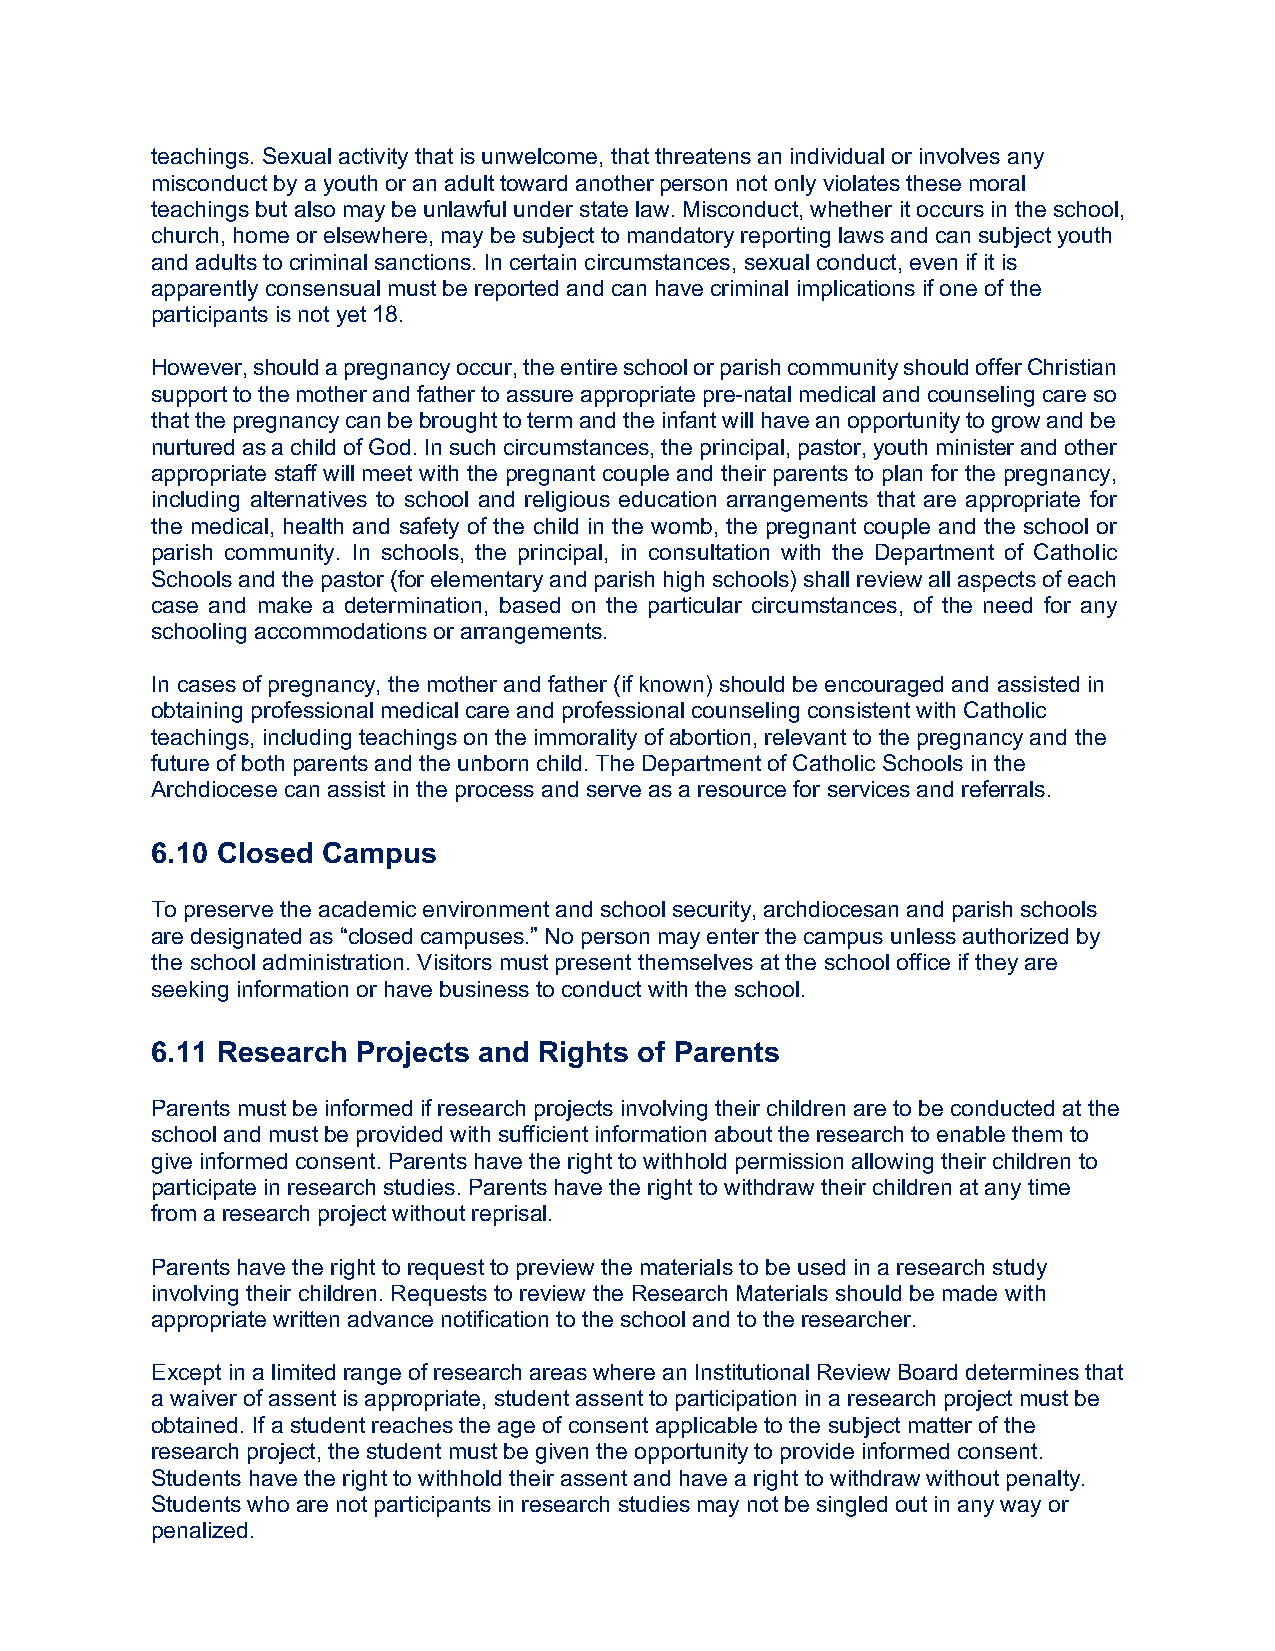
teachings. Sexual activity that is unwelcome, that threatens an individual or involves any
 misconduct by a youth or an adult toward another person not only violates these moral
 teachings but also may be unlawful under state law. Misconduct, whether it occurs in the school,
 church, home or elsewhere, may be subject to mandatory reporting laws and can subject youth
 and adults to criminal sanctions. In certain circumstances, sexual conduct, even if it is
 apparently consensual must be reported and can have criminal implications if one of the
 participants is not yet 18.
 However, should a pregnancy occur, the entire school or parish community should offer Christian
 support to the mother and father to assure appropriate pre-natal medical and counseling care so
 that the pregnancy can be brought to term and the infant will have an opportunity to grow and be
 nurtured as a child of God. In such circumstances, the principal, pastor, youth minister and other
 appropriate staff will meet with the pregnant couple and their parents to plan for the pregnancy,
 including alternatives to school and religious education arrangements that are appropriate for
 the medical, health and safety of the child in the womb, the pregnant couple and the school or
 parish community. In schools, the principal, in consultation with the Department of Catholic
 Schools and the pastor (for elementary and parish high schools) shall review all aspects of each
 case and make a determination, based on the particular circumstances, of the need for any
 schooling accommodations or arrangements.
 In cases of pregnancy, the mother and father (if known) should be encouraged and assisted in
 obtaining professional medical care and professional counseling consistent with Catholic
 teachings, including teachings on the immorality of abortion, relevant to the pregnancy and the
 future of both parents and the unborn child. The Department of Catholic Schools in the
 Archdiocese can assist in the process and serve as a resource for services and referrals.
 6.10 Closed Campus
 To preserve the academic environment and school security, archdiocesan and parish schools
 are designated as “closed campuses.” No person may enter the campus unless authorized by
 the school administration. Visitors must present themselves at the school office if they are
 seeking information or have business to conduct with the school.
 6.11 Research Projects and Rights of Parents
 Parents must be informed if research projects involving their children are to be conducted at the
 school and must be provided with sufficient information about the research to enable them to
 give informed consent. Parents have the right to withhold permission allowing their children to
 participate in research studies. Parents have the right to withdraw their children at any time
 from a research project without reprisal.
 Parents have the right to request to preview the materials to be used in a research study
 involving their children. Requests to review the Research Materials should be made with
 appropriate written advance notification to the school and to the researcher.
 Except in a limited range of research areas where an Institutional Review Board determines that
 a waiver of assent is appropriate, student assent to participation in a research project must be
 obtained. If a student reaches the age of consent applicable to the subject matter of the
 research project, the student must be given the opportunity to provide informed consent.
 Students have the right to withhold their assent and have a right to withdraw without penalty.
 Students who are not participants in research studies may not be singled out in any way or
 penalized.